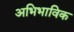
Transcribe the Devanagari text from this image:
अभिभाविक